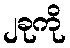
၂ခုကို